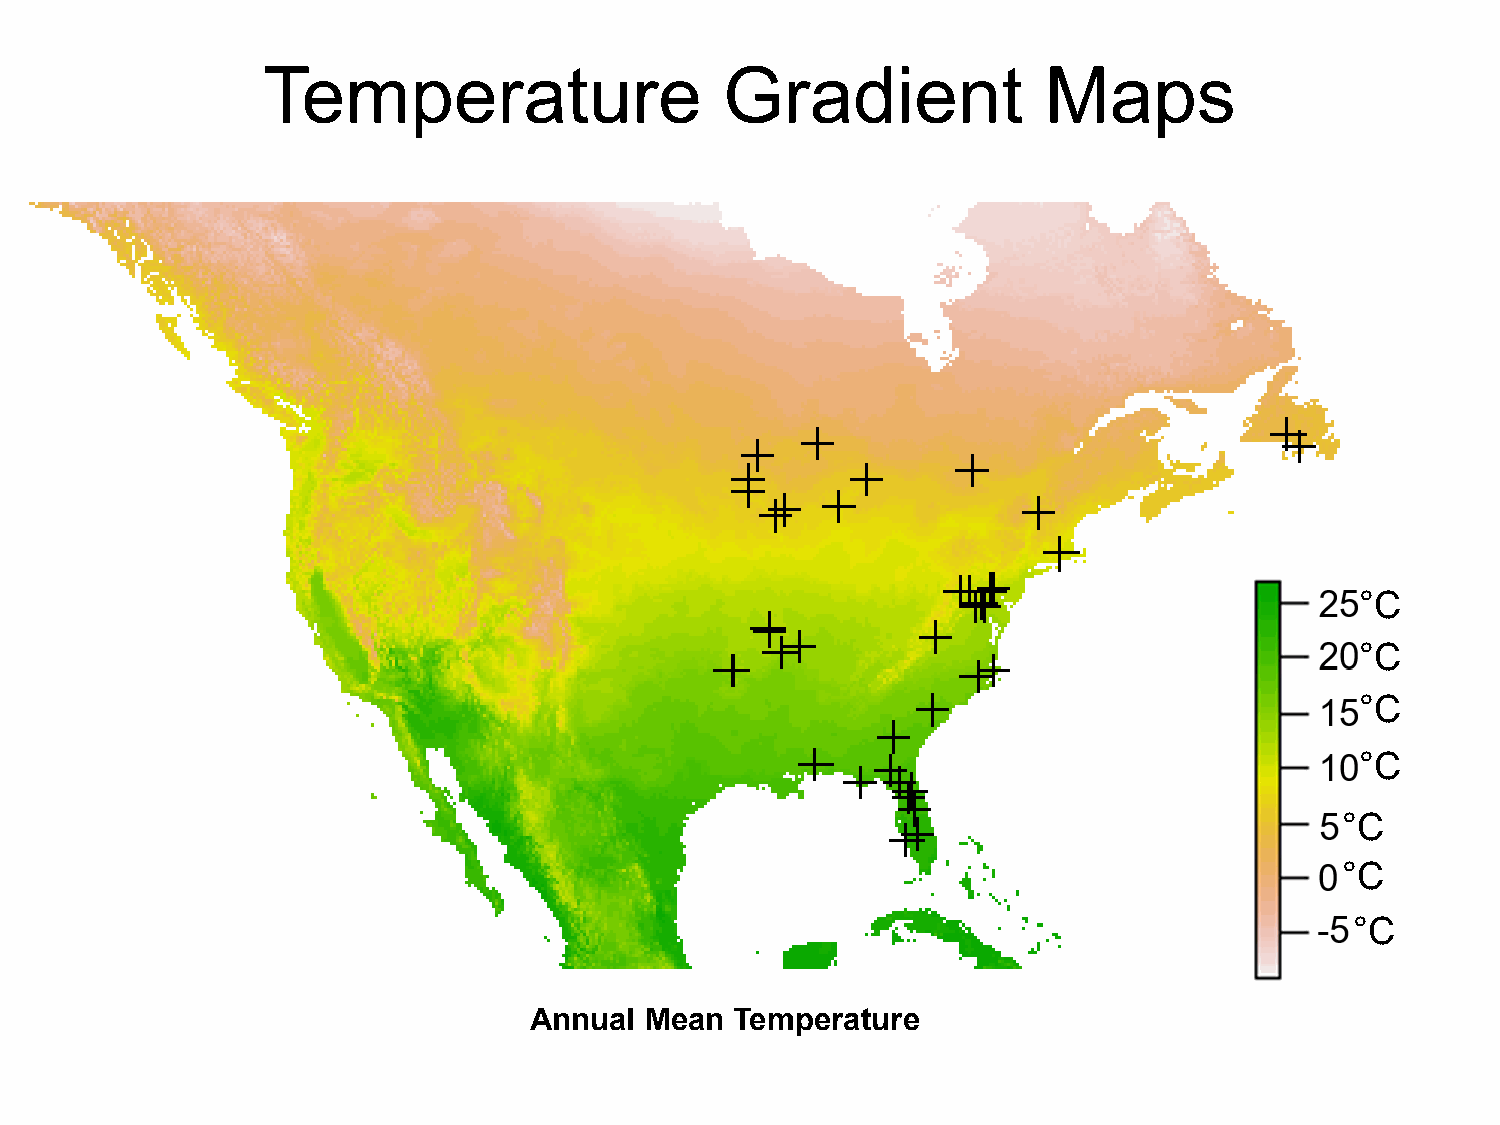
Temperature                    Gradient             Maps
 °C
 °C
 °C
 °C
 °C
 °C
 °C
 Annual  Mean  Temperature